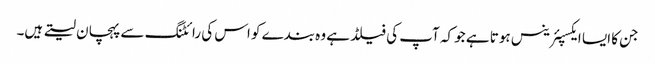
جن کا ایسا ایکسپئرینس ہوتا ہے جو کہ آپ کی فیلڈ ہے وہ بندے کو اس کی رائٹنگ سے پہچان لیتے ہیں۔